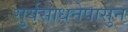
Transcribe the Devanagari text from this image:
सुर्यसाधनेपासुन